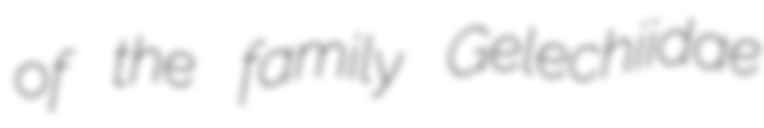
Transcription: of the family Gelechiidae